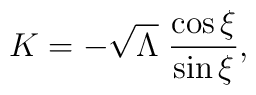
K=-\sqrt{\Lambda}\;\frac{\cos \xi}{\sin\xi},